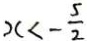
x < - \frac { 5 } { 2 }